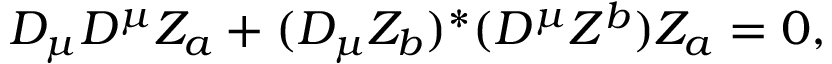
D _ { \mu } D ^ { \mu } Z _ { a } + ( D _ { \mu } Z _ { b } ) ^ { * } ( D ^ { \mu } Z ^ { b } ) Z _ { a } = 0 ,